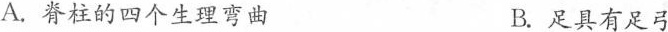
A.脊柱的四个生理弯曲B.足具有足弓